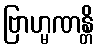
ဗြာဟ္မဏန္တိ